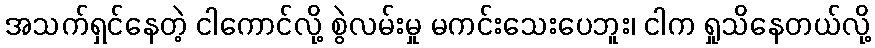
အသက်ရှင်နေတဲ့ ငါကောင်လို့ စွဲလမ်းမှု မကင်းသေးပေဘူး၊ ငါက ရှုသိနေတယ်လို့